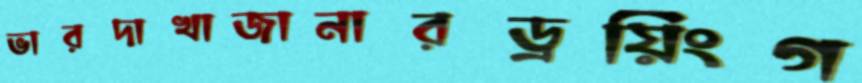
ভারদাখাজানারড্রয়িংগ